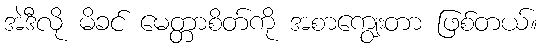
အဲဒီလို မိခင် မေတ္တာစိတ်ကို အစာကျွေးတာ ဖြစ်တယ်။